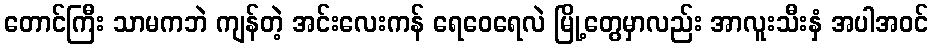
တောင်ကြီး သာမကဘဲ ကျန်တဲ့ အင်းလေးကန် ရေဝေရေလဲ မြို့တွေမှာလည်း အာလူးသီးနှံ အပါအဝင်